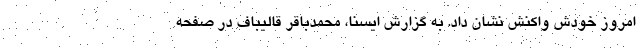
امروز خودش واکنش نشان داد. به گزارش ایسنا، محمدباقر قالیباف در صفحه